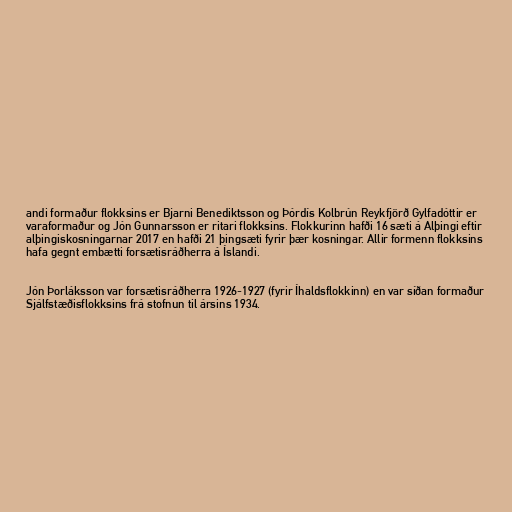
andi formaður flokksins er Bjarni Benediktsson og Þórdís Kolbrún Reykfjörð Gylfadóttir er
varaformaður og Jón Gunnarsson er ritari flokksins. Flokkurinn hafði 16 sæti á Alþingi eftir
alþingiskosningarnar 2017 en hafði 21 þingsæti fyrir þær kosningar. Allir formenn flokksins
hafa gegnt embætti forsætisráðherra á Íslandi.

Jón Þorláksson var forsætisráðherra 1926-1927 (fyrir Íhaldsflokkinn) en var síðan formaður
Sjálfstæðisflokksins frá stofnun til ársins 1934.